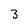
Character: 3